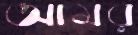
আমর